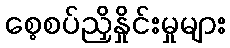
စေ့စပ်ညှိနှိုင်းမှုများ